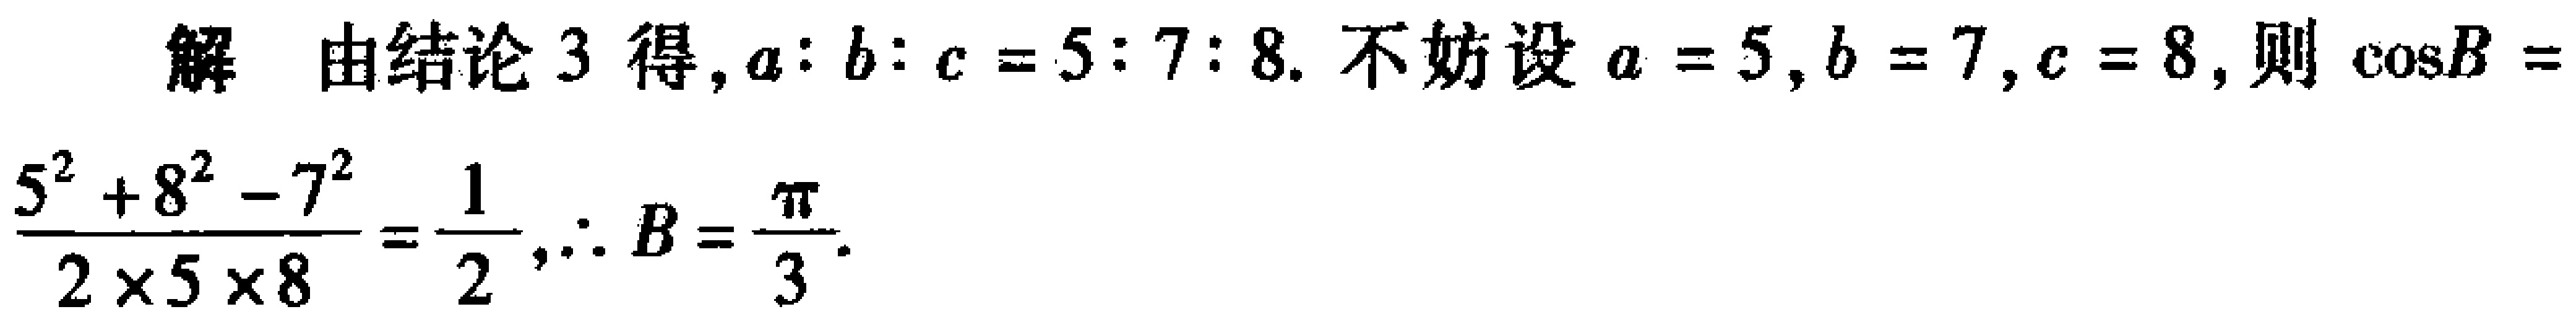
解 由结论 3 得, \(a:b:c = 5:7:8\). 不妨设 \(a = 5\), \(b = 7\), \(c = 8\), 则 \(\cos B=\frac{5^{2}+8^{2}-7^{2}}{2\times5\times8}=\frac{1}{2}\), \(\therefore B = \frac{\pi}{3}\).